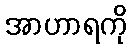
အာဟာရကို